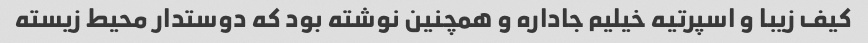
کیف زیبا و اسپرتیه خیلیم جاداره و همچنین نوشته بود که دوستدار محیط زیسته